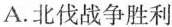
A.北伐战争胜利